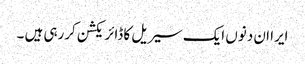
ایرا ان دنوں ایک سیریل کا ڈائریکشن کررہی ہیں ۔